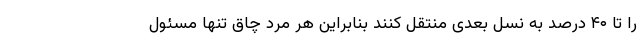
را تا ۴۰ درصد به نسل بعدی منتقل کنند بنابراین هر مرد چاق تنها مسئول